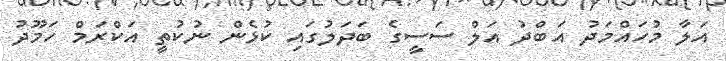
އަލާ މުހައްމަދު އަބްދު އަލް ސަސީގެ ބަދަލުގައި ކުޅެން ނުކުތީ އަކްރަމް ހަމޫދު